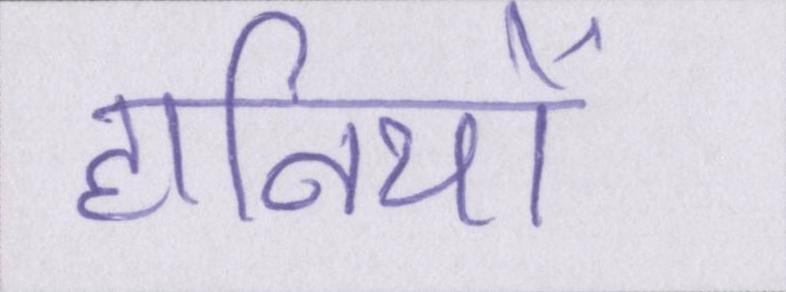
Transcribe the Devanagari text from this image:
हानियों